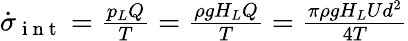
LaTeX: \begin{array}{r}{\dot{\sigma}_{\mathrm{~i~n~t~}}=\frac{p_{L}Q}{T}=\frac{\rho gH_{L}Q}{T}=\frac{\pi\rho gH_{L}Ud^{2}}{4T}}\end{array}